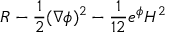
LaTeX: R - { \frac { 1 } { 2 } } ( \nabla \phi ) ^ { 2 } - { \frac { 1 } { 1 2 } } e ^ { \phi } H ^ { 2 }